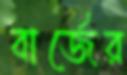
বার্জের